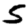
Digit: 5